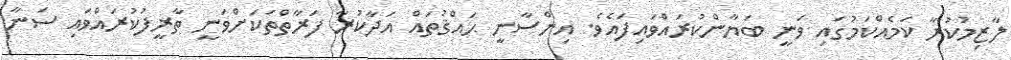
ލާޒިމުކުރާ ކަމެއްކަމުގައި ވަނީ ބަޔާންކުރައްވައިފައެވެ. އިންސާނީ ޙައްޤުތައް އަދާކުރާ ފަރާތްތަކަށްވަނީ ތާރީފުކުރައްވައި ސަނާ